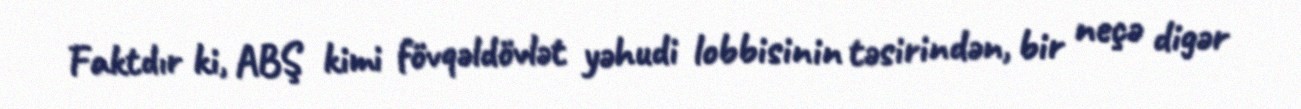
Faktdır ki, ABŞ kimi fövqəldövlət yəhudi lobbisinin təsirindən, bir neçə digər